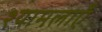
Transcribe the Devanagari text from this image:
श्यामलाएँ